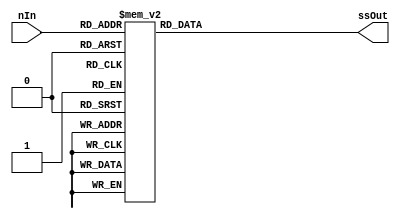
module sevensegdecoder(

	input [4:0] nIn,
	output reg [6:0] ssOut  
);

always @(nIn)
    case (nIn)
      5'h0: ssOut = 7'b1000000;
      5'h1: ssOut = 7'b1111001;
      5'h2: ssOut = 7'b0100100;
      5'h3: ssOut = 7'b0110000;
      5'h4: ssOut = 7'b0011001;
      5'h5: ssOut = 7'b0010010;
      5'h6: ssOut = 7'b0000010;
      5'h7: ssOut = 7'b1111000;
      5'h8: ssOut = 7'b0000000;
      5'h9: ssOut = 7'b0011000;
      5'hA: ssOut = 7'b0001000;
      5'hB: ssOut = 7'b0000011;
      5'hC: ssOut = 7'b1000110;
      5'hD: ssOut = 7'b0100001;
      5'hE: ssOut = 7'b0000110;
      5'hF: ssOut = 7'b0001110;
      5'h10: ssOut = 7'b0101111;
      5'h11: ssOut = 7'b0001100;
      5'h12: ssOut = 7'b0000110;
      5'h13: ssOut = 7'b1111111;
      default: ssOut = 7'b1001001;
    endcase

endmodule